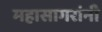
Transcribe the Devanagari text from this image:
महासागरांनी